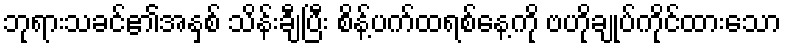
ဘုရားသခင်၏အနှစ် သိန်းချီပြီး စိန့်ပက်ထရစ်နေ့ကို ဗဟိုချုပ်ကိုင်ထားသော